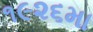
૧૯૨૬મા